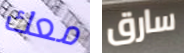
معك سارق